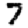
Digit: 7